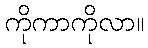
ကိုကာကိုလာ။